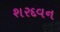
શરદવન